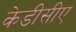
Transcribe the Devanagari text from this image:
केडीसीए